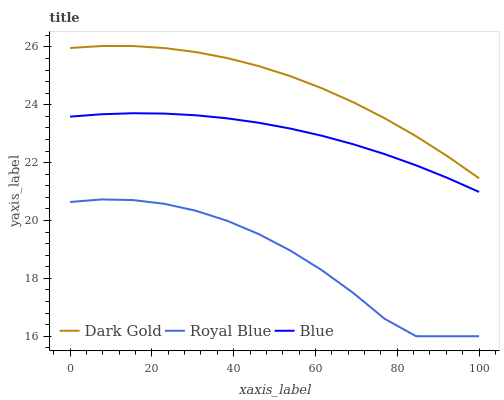
| xaxis_label | Dark Gold | Royal Blue | Blue |
 | --- | --- | --- | --- |
 | 0 | 26 | 20.6 | 23.6 |
 | 7.69 | 26 | 20.7 | 23.7 |
 | 15.4 | 26 | 20.7 | 23.7 |
 | 23.1 | 26 | 20.6 | 23.7 |
 | 30.8 | 25.8 | 20.3 | 23.6 |
 | 38.5 | 25.6 | 20 | 23.5 |
 | 46.2 | 25.3 | 19.5 | 23.4 |
 | 53.8 | 25 | 19 | 23.2 |
 | 61.5 | 24.6 | 18.3 | 22.9 |
 | 69.2 | 24.1 | 17.5 | 22.6 |
 | 76.9 | 23.5 | 16.6 | 22.3 |
 | 84.6 | 22.9 | 16 | 21.9 |
 | 92.3 | 22.2 | 16 | 21.5 |
 | 100 | 21.5 | 16 | 21 |